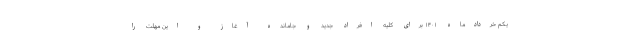
یکم خردادماه ۱۴۰۱ برای کلیه افراد جدید و جامانده آغاز و این مهلت را